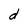
Character: d